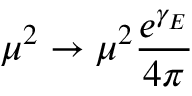
\mu ^ { 2 } \to \mu ^ { 2 } \frac { e ^ { \gamma _ { E } } } { 4 \pi }